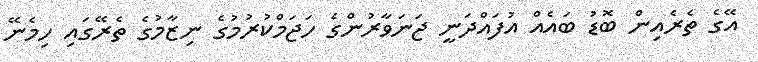
އޭގެ ތެރެއިން ބޮޑު ބައެއް އުފައްދަނީ ޖަނަވާރުންގެ ހަޖަމްކުރުމުގެ ނިޒާމުގެ ތެރޭގައި ހިމެނޭ